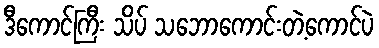
ဒီကောင်ကြီး သိပ် သဘောကောင်းတဲ့ကောင်ပဲ